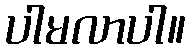
ပါမလာပါ။